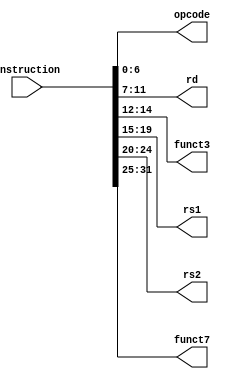
`timescale 1ns / 1ps
//////////////////////////////////////////////////////////////////////////////////
// Company: 
// Engineer: 
// 
// Design Name: 
// Module Name: instructionParser
// Project Name: 
// Target Devices: 
// Tool Versions: 
// Description: 
// 
// Dependencies: 
// 
// Revision:
// Revision 0.01 - File Created
// Additional Comments:
// 
//////////////////////////////////////////////////////////////////////////////////

module instructionParser( 

    input [31:0] instruction, 

    output [6:0] opcode, 

    output [4:0] rd, 

    output [2:0] funct3, 


    output [4:0] rs1, 

    output [4:0] rs2, 

    output [6:0] funct7 

    ); 

     

    assign opcode = instruction[6:0]; 

    assign rd = instruction[11:7]; 

    assign funct3 = instruction[14:12]; 

    assign rs1 = instruction[19:15]; 

    assign rs2 = instruction[24:20]; 

    assign funct7 = instruction[31:25]; 

     

endmodule